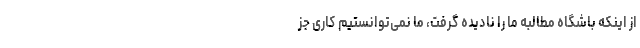
از اینکه باشگاه مطالبه ما را نادیده گرفت، ما نمی‌توانستیم کاری جز